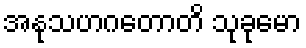
အနုသဟဂတောတိ သုခုမော